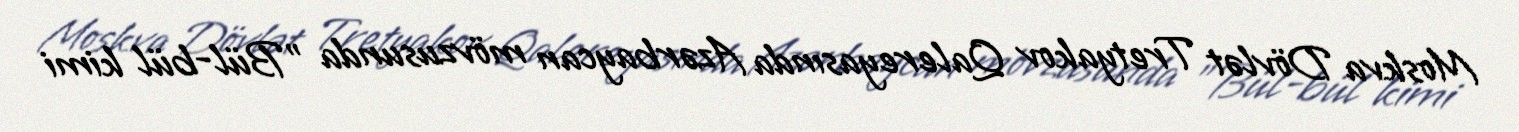
Moskva Dövlət Tretyakov Qalereyasında Azərbaycan mövzusunda "Bül-bül kimi